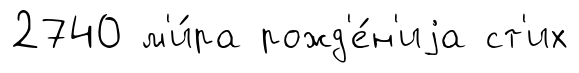
2740 м'и́ра рожд'е́н'иjа ст'их